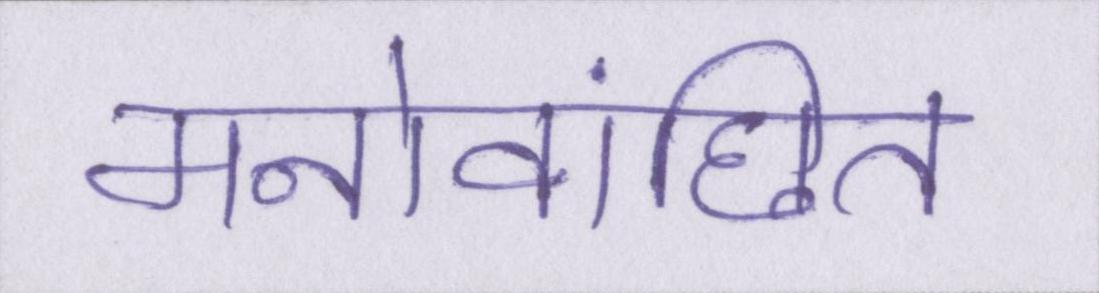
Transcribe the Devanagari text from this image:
मनोवांछित